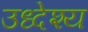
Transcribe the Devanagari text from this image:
उध्देश्य